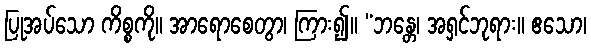
ပြုအပ်သော ကိစ္စကို။ အာရောစေတွာ၊ ကြား၍။ “ဘန္တေ၊ အရှင်ဘုရား။ ဧသော၊